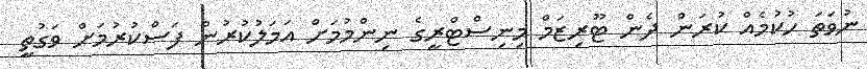
ނުވަތަ ހުކުމެއް ކުރަން ދެން ޓޫރިޒަމް މިނިސްޓްރީގެ ނިންމުމަށް އަމަލުކުރުން ފަސްކުރުމަށް ވަގުތީ